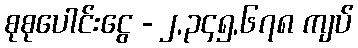
စုစုပေါင်းငွေ - ၂,၃၄၅,၆၇၈ ကျပ်